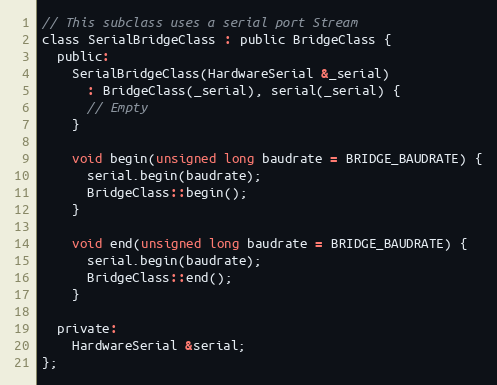
Language: C
// This subclass uses a serial port Stream
class SerialBridgeClass : public BridgeClass {
  public:
    SerialBridgeClass(HardwareSerial &_serial)
      : BridgeClass(_serial), serial(_serial) {
      // Empty
    }

    void begin(unsigned long baudrate = BRIDGE_BAUDRATE) {
      serial.begin(baudrate);
      BridgeClass::begin();
    }

    void end(unsigned long baudrate = BRIDGE_BAUDRATE) {
      serial.begin(baudrate);
      BridgeClass::end();
    }

  private:
    HardwareSerial &serial;
};